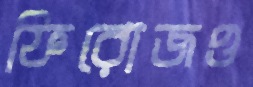
ফিরোজও